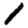
Digit: 1